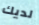
لديك